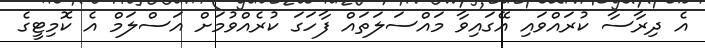
އެ ދިރާސާ ކުރައްވައި އޭގައިވާ މައްސަލަތައް ފާހަގަ ކުރެއްވުމަށް އަސްލަމް އެ ކޮމިޓީގެ